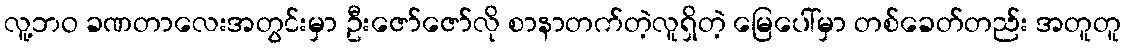
လူ့ဘဝ ခဏတာလေးအတွင်းမှာ ဦးဇော်ဇော်လို စာနာတက်တဲ့လူရှိတဲ့ မြေပေါ်မှာ တစ်ခေတ်တည်း အတူတူ